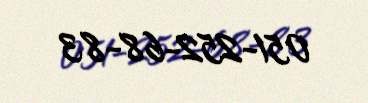
051-252-68-83